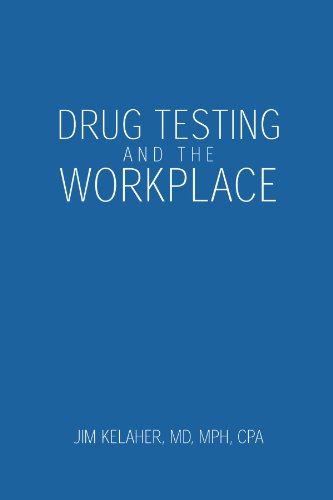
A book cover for Drug Testing and the Workplace; Jim Kelaher MD MPH; Health, Fitness & Dieting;